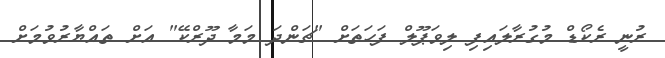
ރުނީ ރެކޯޑް މުގުރާލައިފި ލިވަޕޫލް ފަހަތަށް "ޗަންދަ މަމާ ދޫރްކޭ" އަށް ތައްޔާރުވުމަށް